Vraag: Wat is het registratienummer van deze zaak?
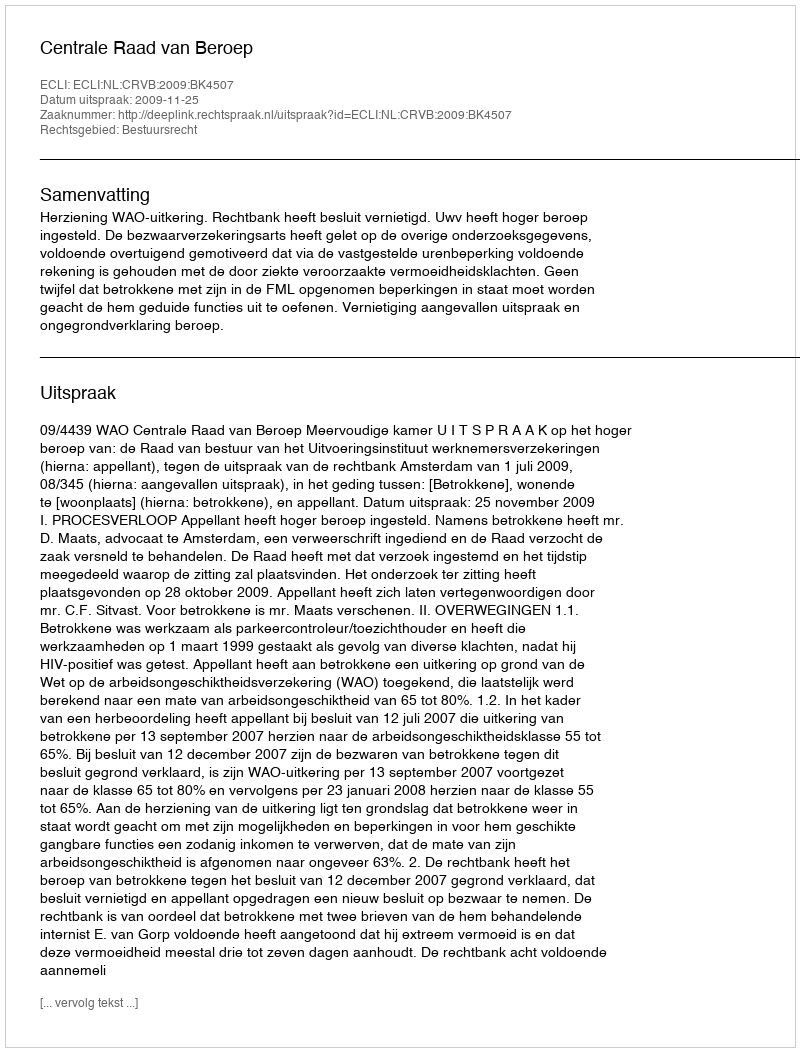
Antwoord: http://deeplink.rechtspraak.nl/uitspraak?id=ECLI:NL:CRVB:2009:BK4507